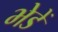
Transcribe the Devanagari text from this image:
भेडें